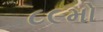
૮૯મો